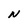
Character: N